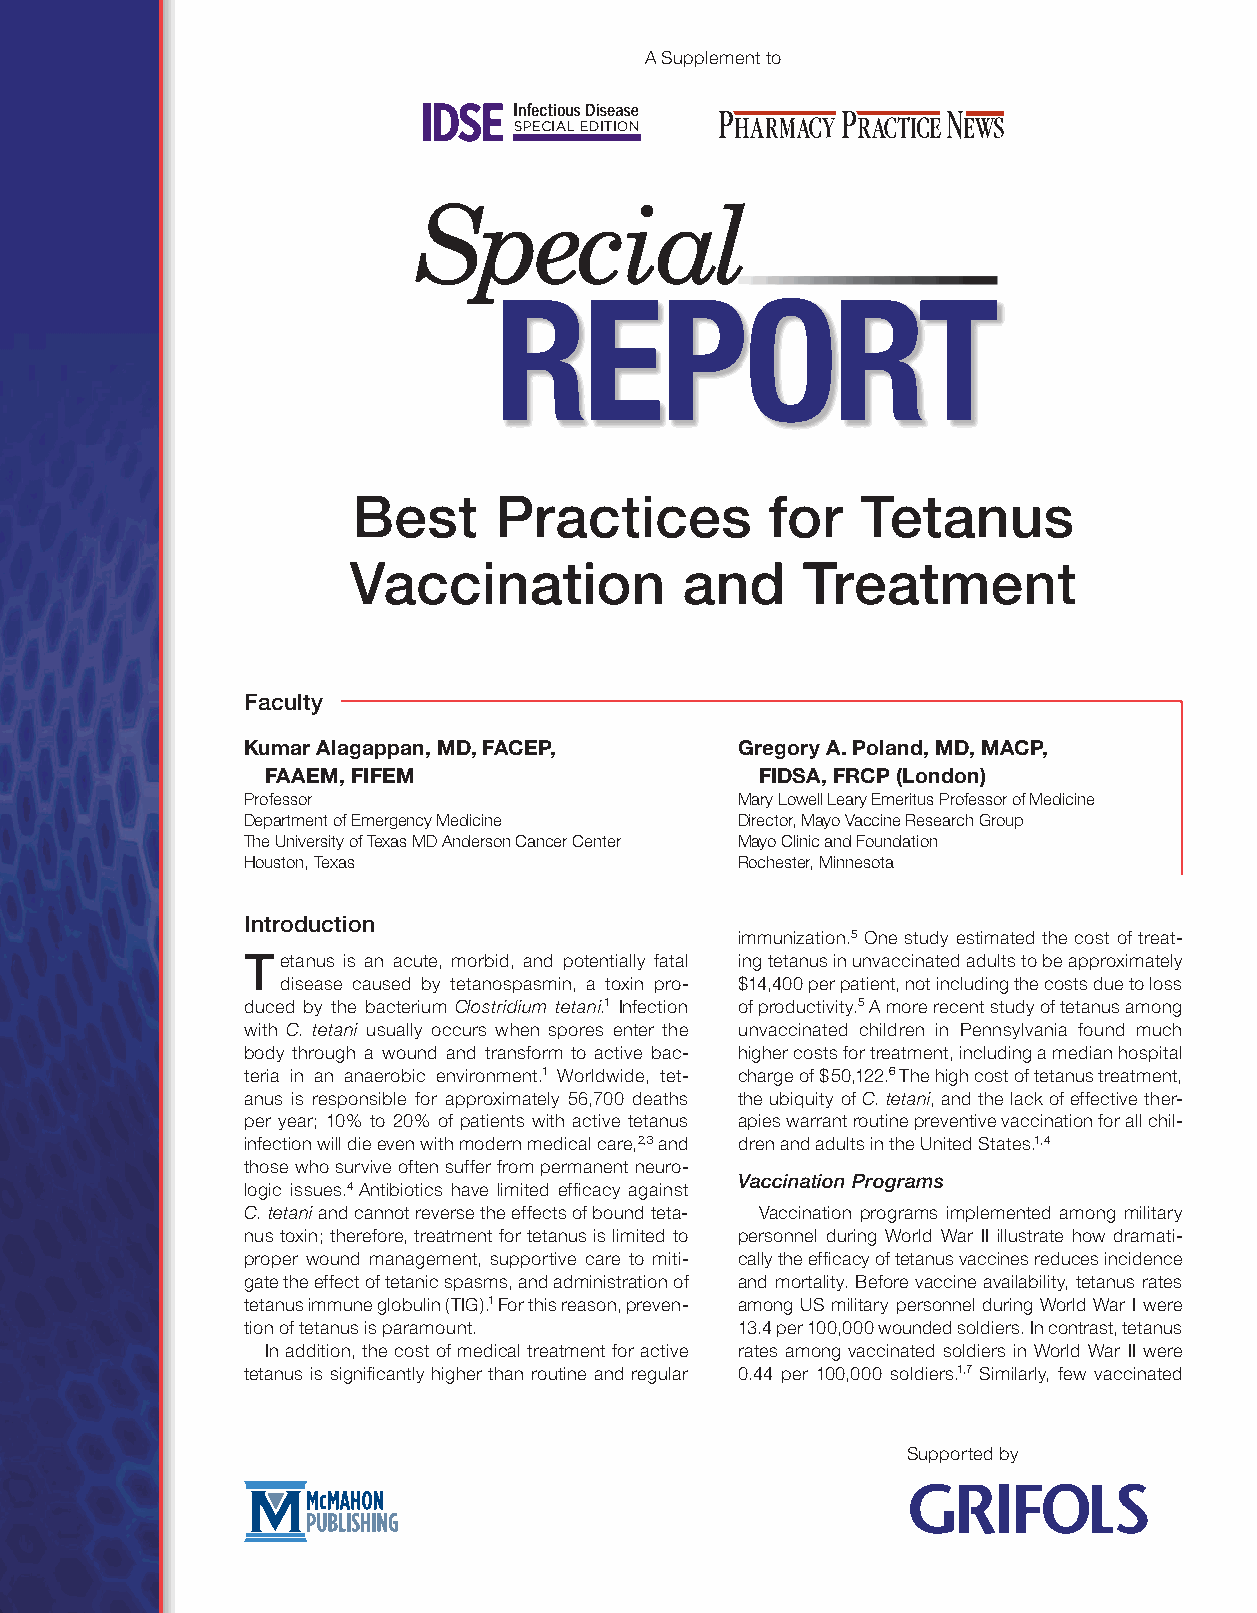
A Supplement to
 M
 c
 M
 a
 Best      Practices         for   Tetanus
 h
 oVaccination            and     Treatment
 n
 Faculty
 P
 Kumar Alagappan, MD, FACEP,      Gregory A. Poland, MD, MACP,
 FAAEM, FIFEM     u              FIDSA, FRCP (London)
 Professor                        Mary Lowell Leary Emeritus Professor of Medicine
 Department of Emergency Medicine b Director, Mayo Vaccine Research Group
 The University of Texas MD Anderson Cancer Center Mayo Clinic and Foundation
 l
 Houston, Texas                   Rochester, Minnesota
 i
 Introduction                 s
 immunization.5 One study estimated the cost of treat-
 Tetanus is an acute, morbid, and potentially fatal ing tetanus in unvaccinated adults to be approximately
 h
 disease caused by tetanospasmin, a toxin pro- $14,400 per patient, not including the costs due to loss
 i
 duced by the bacterium Clostridium tetani.1 Infection of productivity.5 A more recent study of tetanus among
 with C. tetani usually occurs when spores enter the unvaccinated children in Pennsylvania found much
 body through a wound and transform to active bac- higher cnosts for treatment, including a median hospital
 teria in an anaerobic environment.1 Worldwide, tet- charge of $50,122.6 The high cost of tetanus treatment,
 anus is responsible for approximately 56,700 deaths the ubiquity of C. tetani, and the lack of effective ther-
 g
 per year; 10% to 20% of patients with active tetanus apies warrant routine preventive vaccination for all chil-
 infection will die even with modern medical care,2,3 and dren and adults in the United States.1,4
 those who survive often suffer from permanent neuro-
 Vaccination Programs
 logic issues.4 Antibiotics have limited efficacy against F
 C.tetani and cannot reverse the effects of bound teta- Vaccination programs implemiented among military
 nus toxin; therefore, treatment for tetanus is limited to personnel during World War II illustrate how dramati-
 proper wound management, supportive care to miti- cally the efficacy of tetanus vaccines reduces incidence
 n
 gate the effect of tetanic spasms, and administration of and mortality. Before vaccine availability, tetanus rates
 tetanus immune globulin (TIG).1 For this reason, preven- among US military personnel during World War I were
 tion of tetanus is paramount.    13.4 per 100,000 wounded soldiers. In conatrast, tetanus
 In addition, the cost of medical treatment for active rates among vaccinated soldiers in World War lII were
 tetanus is significantly higher than routine and regular 0.44 per 100,000 soldiers.1,7 Similarly, few vaccinated
 Supported by